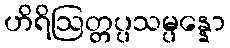
ဟိရိဩတ္တပ္ပသမ္ပန္နော